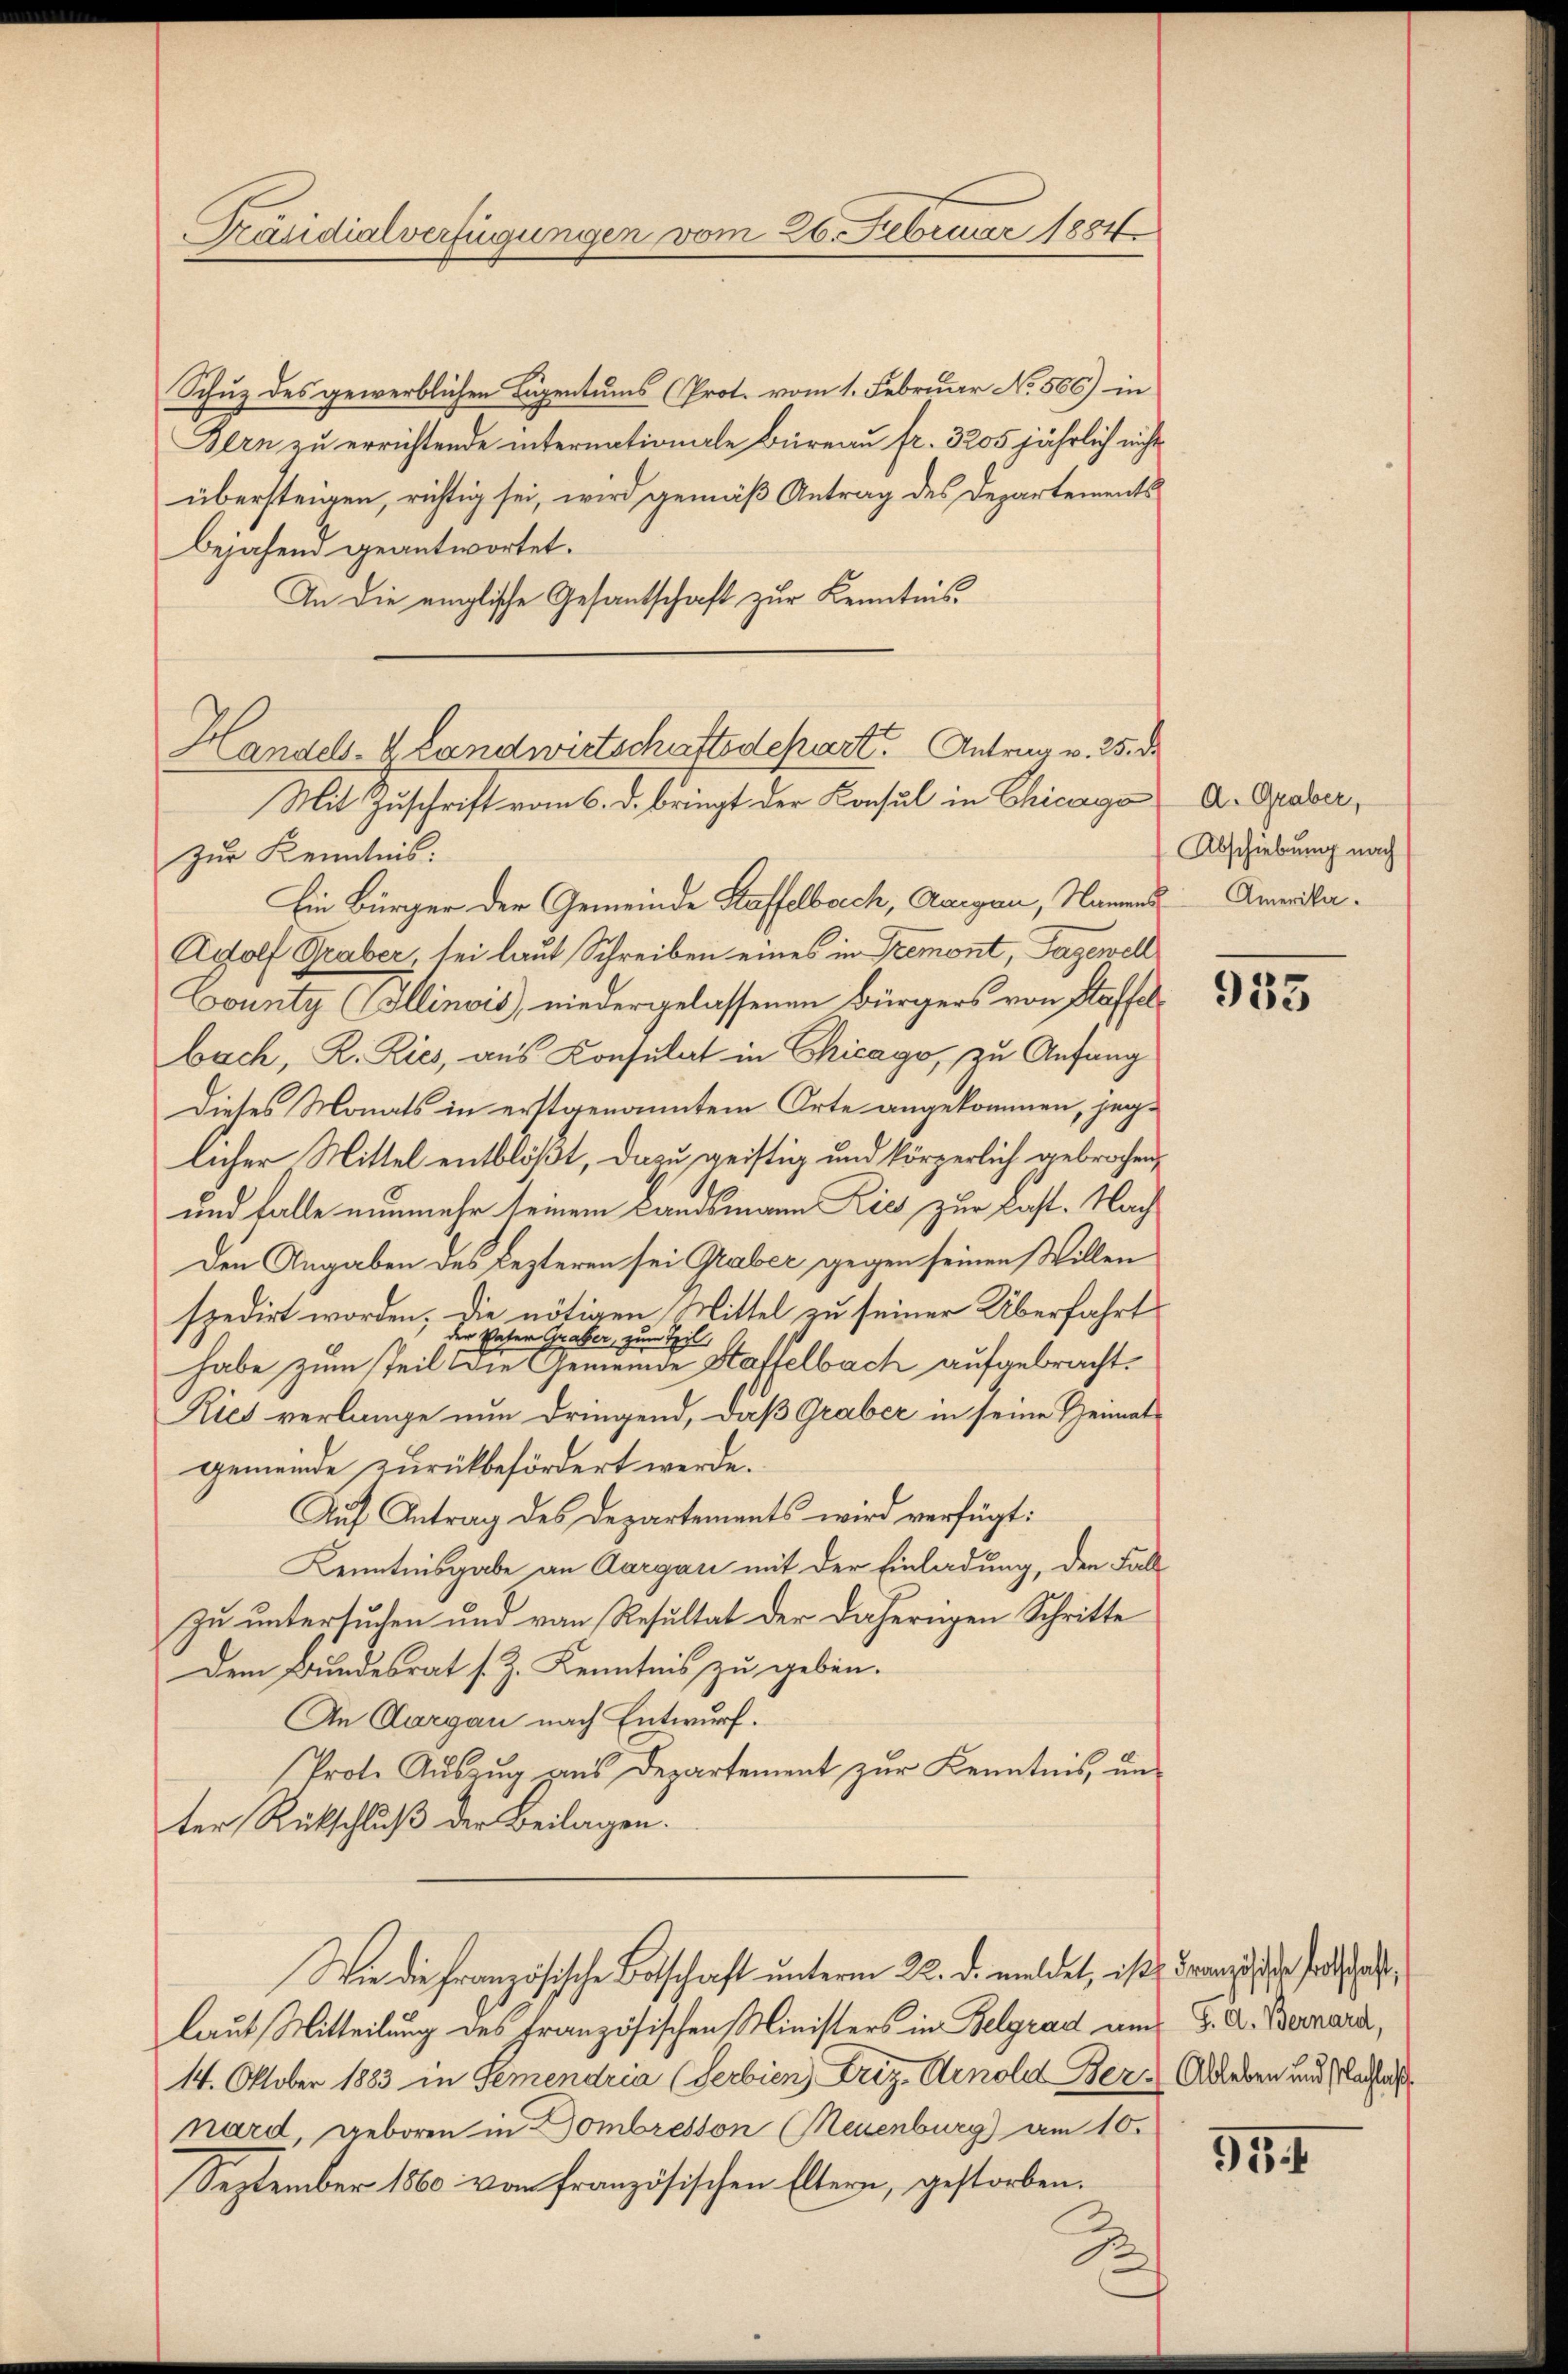
Präsidialverfügungen vom 26. Februar 1884

Schuz des gewerblichen Tagentums (Prot. vom 1. Februar No. 566) in
Bern zu errichtende internationale Büreau fr. 3205 jährlich nicht
übersteigen, richtig sei, wird gemäß Antrag des Departements
Bejahend geantwortet.
An die englische Gesantschaft zur Kenntnis¬
Zur Kenntnis.
Ein Bürger der Gemeinde Staffelbach, Aargau, Namens
Adolf Graber, sei laut Schreiben eines in Tremont, Sagewell
County (Illinois, niedergelassenen Bürgers von Staffelbach, R. Ries, aus Konsulat in Chicago, zu Anfang
Dieses Monats in erstgenanntem Orte angekommen, jeg-
licher Mittel entblößt, dazu geistig und körperlich gebrochen,
und falle nunmehr seinem Landsmann Kies zur Last. Nach
Den Angaben des Lezteren sei Graber gegen seinen Willen
spedirt worden; die nötigen Mittel zu seiner Überfahrt
der Vater Graber, zum Teil
habe zum Teil die Gemeinde Haffelbach aufgebracht.
Kies verlange nun dringend, daß Graber in seine Heimatgemeinde zurückbefördert werde.
Auf Antrag des Departements wird verfügt:
Kenntnisgabe an Aargau mit der Einladung, den Fall
zu untersuchen und von Resultat der daherigen Schritte
Dem Bundesrat s. Z. Kenntnis zu geben.
An Aargau nach Entwurf.
Prote Aŭszŭg ans Departement zŭr Kenntnis, un-
ter Rückschluß der Beilagen.
Wie die Französische Botschaft unterm 22. d. meldet, ist, Franz der Todscha
laut Mitteilung des französischen Ministers in Belgrad am 8. A. Bernard,
14. Oktober 1883 in Semendria (Serbien Friz-Arnold Bern Ableben und Plaste
nard, geboren in Dombreston Neuenburg) am 10.
September 1860 von französischen Eltern, gestorben.
J

Handels- & Landwirtschaftsdepart. Antrag v. 25. d.
Mit Zuschrift vom 6. d. bringt der Konsul in Chicago

A. Graber,
Abschiebung nach
Amerika.

935

95